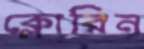
ক্লোরিন